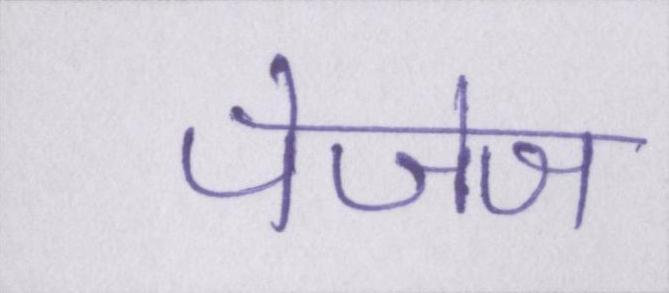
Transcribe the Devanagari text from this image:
पेजेज